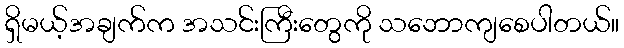
ရှိမယ့်အချက်က အသင်းကြီးတွေကို သဘောကျစေပါတယ်။